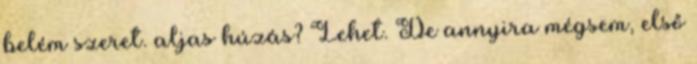
belém szeret. aljas húzás? Lehet. De annyira mégsem, első